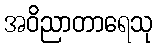
အဝိညာတာရေသု